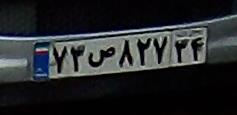
۷۳ص۸۲۷۳۴